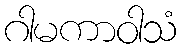
ဂါမကာဝါသံ